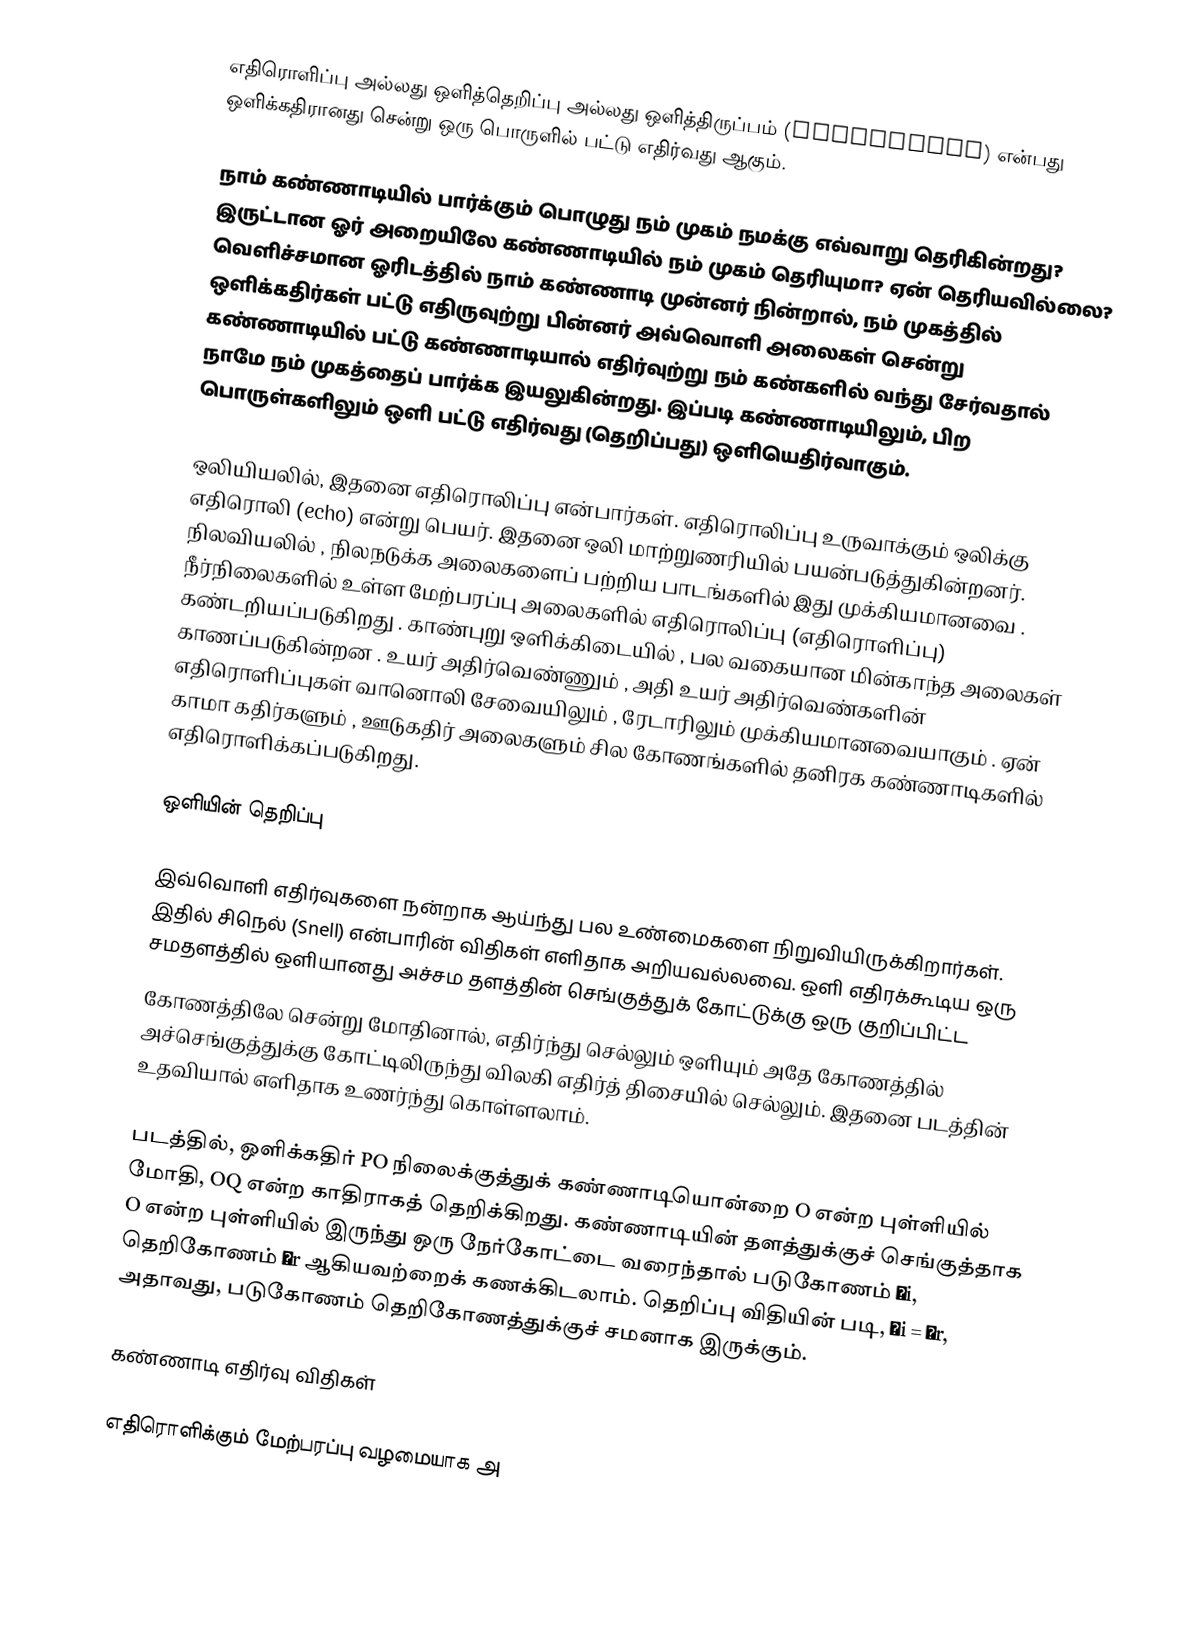
எதிரொளிப்பு அல்லது ஒளித்தெறிப்பு அல்லது ஒளித்திருப்பம் (Reflection) என்பது ஒளிக்கதிரானது சென்று ஒரு பொருளில் பட்டு எதிர்வது ஆகும்.

நாம் கண்ணாடியில் பார்க்கும் பொழுது நம் முகம் நமக்கு எவ்வாறு தெரிகின்றது? இருட்டான ஓர் அறையிலே கண்ணாடியில் நம் முகம் தெரியுமா? ஏன் தெரியவில்லை? வெளிச்சமான ஓரிடத்தில் நாம் கண்ணாடி முன்னர் நின்றால், நம் முகத்தில் ஒளிக்கதிர்கள் பட்டு எதிருவுற்று பின்னர் அவ்வொளி அலைகள் சென்று கண்ணாடியில் பட்டு கண்ணாடியால் எதிர்வுற்று நம் கண்களில் வந்து சேர்வதால் நாமே நம் முகத்தைப் பார்க்க இயலுகின்றது. இப்படி கண்ணாடியிலும், பிற பொருள்களிலும் ஒளி பட்டு எதிர்வது (தெறிப்பது) ஒளியெதிர்வாகும்.

ஒலியியலில், இதனை எதிரொலிப்பு என்பார்கள். எதிரொலிப்பு உருவாக்கும் ஒலிக்கு எதிரொலி (echo) என்று பெயர். இதனை ஒலி மாற்றுணரியில் பயன்படுத்துகின்றனர். நிலவியலில் , நிலநடுக்க அலைகளைப் பற்றிய பாடங்களில் இது முக்கியமானவை . நீர்நிலைகளில் உள்ள மேற்பரப்பு அலைகளில் எதிரொலிப்பு (எதிரொளிப்பு) கண்டறியப்படுகிறது . காண்புறு ஒளிக்கிடையில் , பல வகையான மின்காந்த அலைகள் காணப்படுகின்றன . உயர் அதிர்வெண்ணும் , அதி உயர் அதிர்வெண்களின் எதிரொளிப்புகள் வானொலி சேவையிலும் , ரேடாரிலும் முக்கியமானவையாகும் . ஏன் காமா கதிர்களும் , ஊடுகதிர் அலைகளும் சில கோணங்களில் தனிரக கண்ணாடிகளில் எதிரொளிக்கப்படுகிறது.

ஒளியின் தெறிப்பு

இவ்வொளி எதிர்வுகளை நன்றாக ஆய்ந்து பல உண்மைகளை நிறுவியிருக்கிறார்கள். இதில் சிநெல் (Snell) என்பாரின் விதிகள் எளிதாக அறியவல்லவை. ஒளி எதிரக்கூடிய ஒரு சமதளத்தில் ஒளியானது அச்சம தளத்தின் செங்குத்துக் கோட்டுக்கு ஒரு குறிப்பிட்ட
கோணத்திலே சென்று மோதினால், எதிர்ந்து செல்லும் ஒளியும் அதே கோணத்தில் அச்செங்குத்துக்கு கோட்டிலிருந்து விலகி எதிர்த் திசையில் செல்லும். இதனை படத்தின் உதவியால் எளிதாக உணர்ந்து கொள்ளலாம்.

படத்தில், ஒளிக்கதிர் PO நிலைக்குத்துக் கண்ணாடியொன்றை O என்ற புள்ளியில் மோதி, OQ என்ற காதிராகத் தெறிக்கிறது. கண்ணாடியின் தளத்துக்குச் செங்குத்தாக O என்ற புள்ளியில் இருந்து ஒரு நேர்கோட்டை வரைந்தால் படுகோணம் θi, தெறிகோணம் θr ஆகியவற்றைக் கணக்கிடலாம். தெறிப்பு விதியின் படி, θi = θr, அதாவது, படுகோணம் தெறிகோணத்துக்குச் சமனாக இருக்கும்.

கண்ணாடி எதிர்வு விதிகள்

எதிரொளிக்கும் மேற்பரப்பு வழமையாக அ